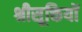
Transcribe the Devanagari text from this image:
श्रीसूक्तियों